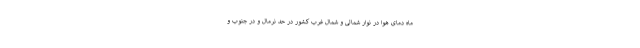
ماه دمای هوا در نوار شمالی و شمال غرب کشور در حد نرمال و در جنوب و